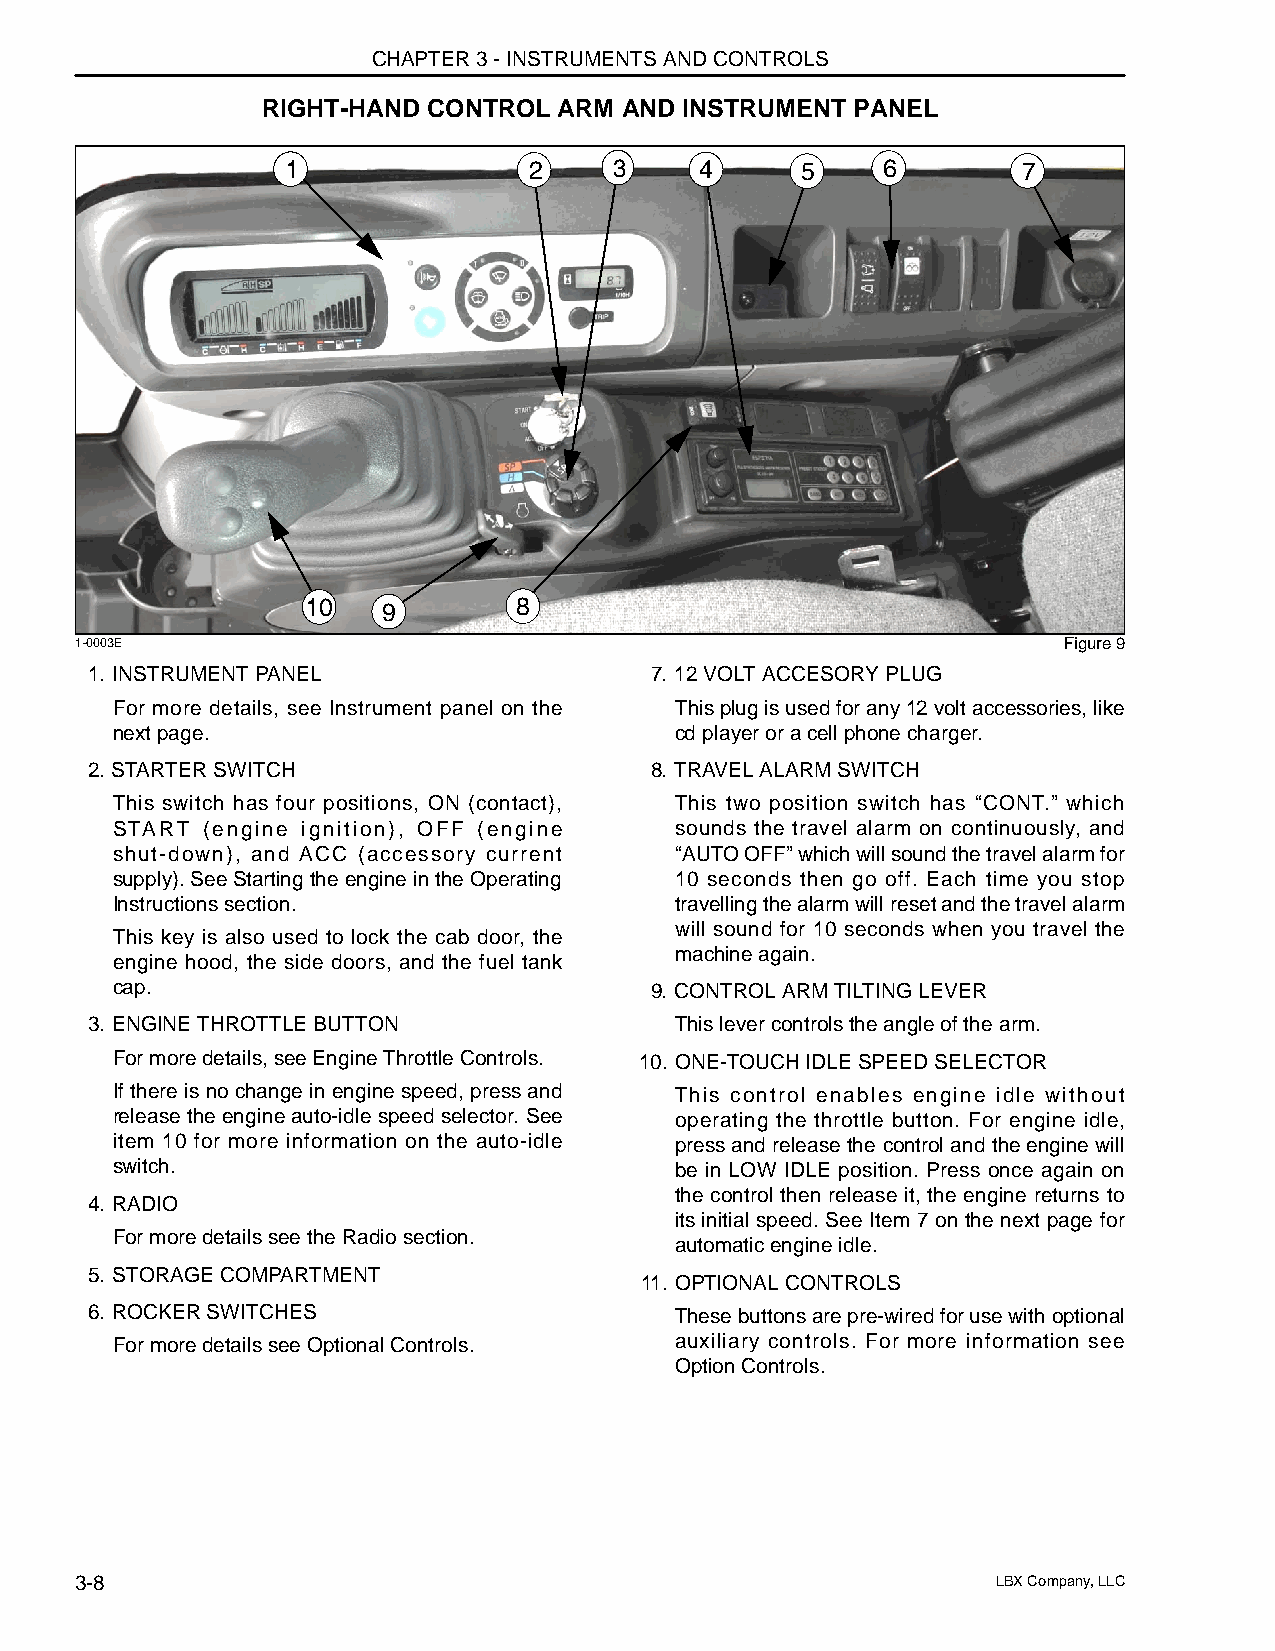
CHAPTER 3 - INSTRUMENTS AND CONTROLS
 RIGHT-HAND CONTROL  ARM AND INSTRUMENT PANEL
 1               2     3    4      5    6         7
 10   9        8
 1-0003E                                                          Figure 9
 1. INSTRUMENT PANEL                  7. 12 VOLT ACCESORY PLUG
 For more details, see Instrument panel on the This plug is used for any 12 volt accessories, like
 next page.                            cd player or a cell phone charger.
 2. STARTER SWITCH                    8. TRAVEL ALARM SWITCH
 This switch has four positions, ON (contact), This two position switch has “CONT.” which
 START (engine ignition), OFF (engine  sounds the travel alarm on continuously, and
 shut-down), and ACC (accessory current “AUTO OFF” which will sound the travel alarm for
 supply). See Starting the engine in the Operating 10 seconds then go off. Each time you stop
 Instructions section.                 travelling the alarm will reset and the travel alarm
 will sound for 10 seconds when you travel the
 This key is also used to lock the cab door, the
 machine again.
 engine hood, the side doors, and the fuel tank
 cap.                                9. CONTROL ARM TILTING LEVER
 3. ENGINE THROTTLE BUTTON              This lever controls the angle of the arm.
 For more details, see Engine Throttle Controls. 10. ONE-TOUCH IDLE SPEED SELECTOR
 If there is no change in engine speed, press and This control enables engine idle without
 release the engine auto-idle speed selector. See operating the throttle button. For engine idle,
 item 10 for more information on the auto-idle press and release the control and the engine will
 switch.                               be in LOW IDLE position. Press once again on
 the control then release it, the engine returns to
 4. RADIO
 its initial speed. See Item 7 on the next page for
 For more details see the Radio section.
 automatic engine idle.
 5. STORAGE COMPARTMENT
 11. OPTIONAL CONTROLS
 6. ROCKER SWITCHES                     These buttons are pre-wired for use with optional
 For more details see Optional Controls. auxiliary controls. For more information see
 Option Controls.
 3-8                                                          LBX Company, LLC